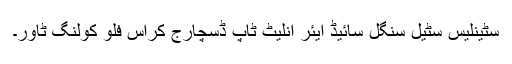
سٹینلیس سٹیل سنگل سائیڈ ایئر انلیٹ ٹاپ ڈسچارج کراس فلو کولنگ ٹاور۔